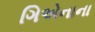
ગિએનાના